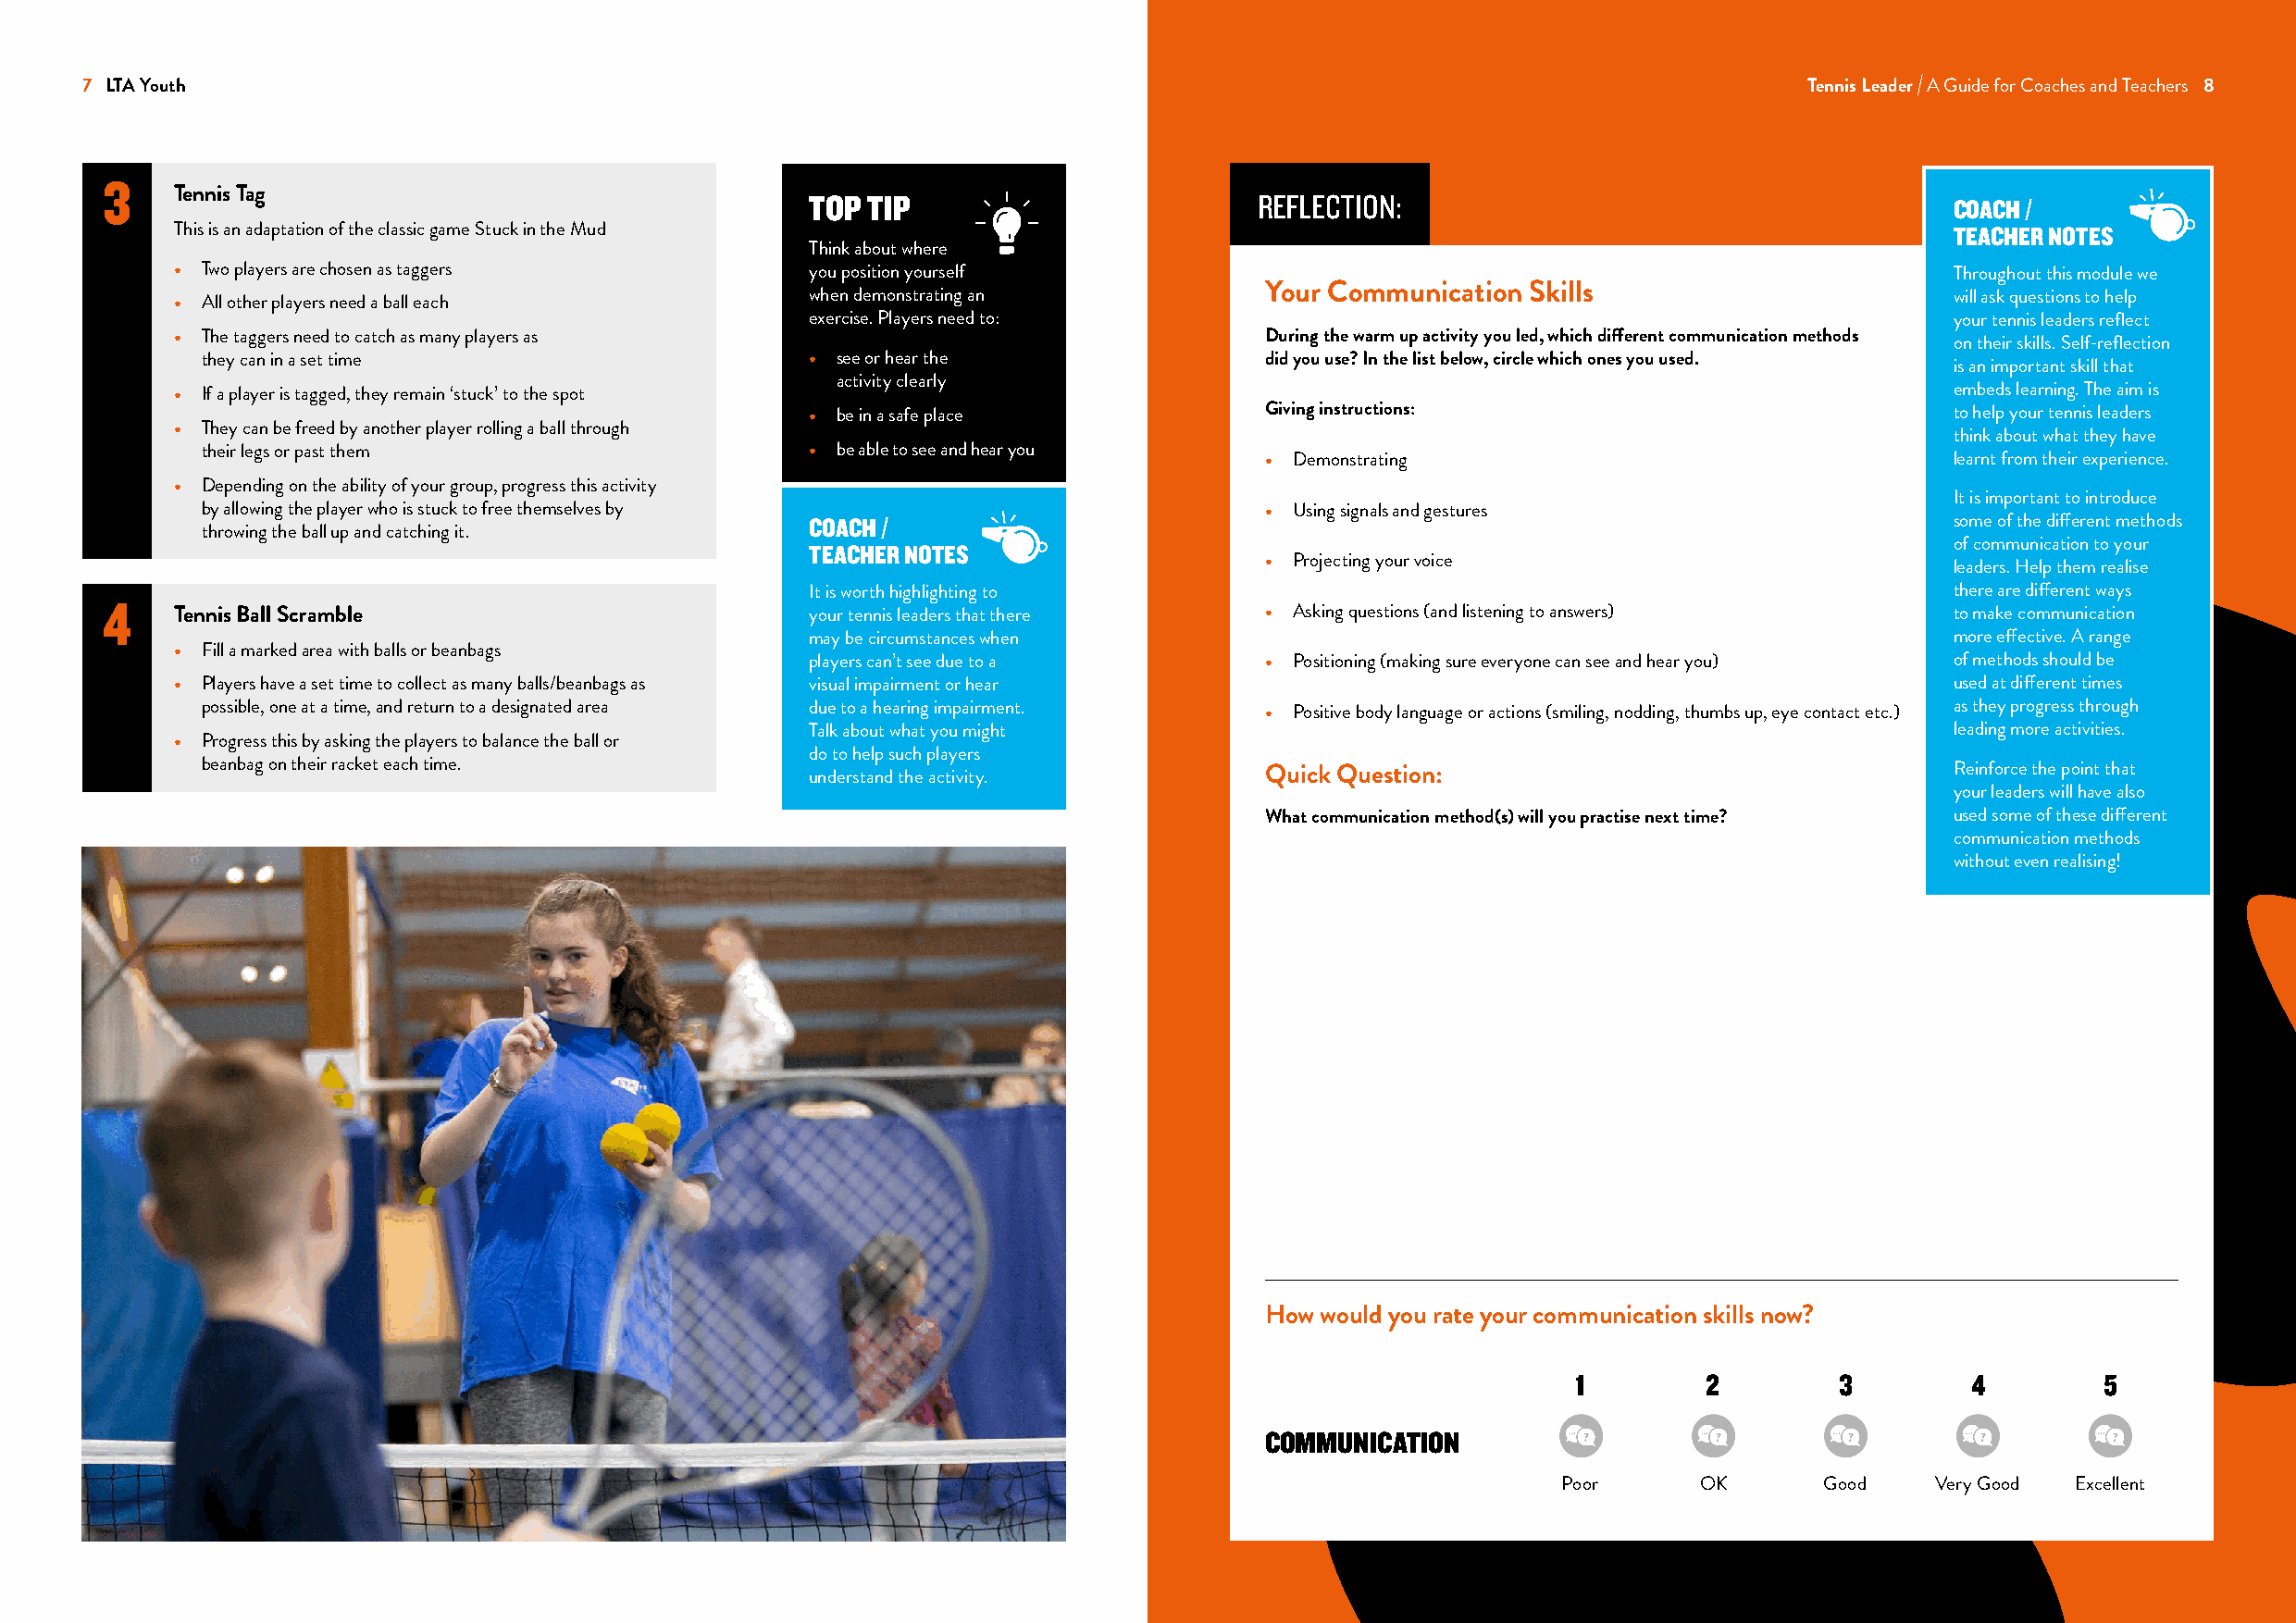
7 LTA Youth                                                                                                                Tennis Leader A Guide for Coaches and Teachers 8
 3
 Tennis Tag                                    TOP TIP                         REFLECTION:                                       COACH /
 This is an adaptation of the classic game Stuck in the Mud                                                                      TEACHER NOTES
 Think about where
 • Two players are chosen as taggers           you position yourself                                                             Throughout this module we
 Your Communication Skills
 when demonstrating an                                                             will ask questions to help
 • All other players need a ball each
 exercise. Players need to:                                                        your tennis leaders reflect
 • The taggers need to catch as many players as                                During the warm up activity you led, which different communication methods on their skills. Self-reflection
 they can in a set time                      • see or hear the               did you use? In the list below, circle which ones you used.
 is an important skill that
 activity clearly
 • If a player is tagged, they remain ‘stuck’ to the spot                                                                        embeds learning. The aim is
 • be in a safe place            Giving instructions:                              to help your tennis leaders
 • They can be freed by another player rolling a ball through
 think about what they have
 their legs or past them                     • be able to see and hear you
 • Demonstrating                                   learnt from their experience.
 • Depending on the ability of your group, progress this activity
 It is important to introduce
 by allowing the player who is stuck to free themselves by                   • Using signals and gestures
 COACH /                                                                           some of the different methods
 throwing the ball up and catching it.
 TEACHER NOTES                                                                     of communication to your
 • Projecting your voice
 leaders. Help them realise
 It is worth highlighting to                                                       there are different ways
 4
 Tennis Ball Scramble                          your tennis leaders that there  • Asking questions (and listening to answers)     to make communication
 may be circumstances when                                                         more effective. A range
 • Fill a marked area with balls or beanbags
 players can’t see due to a      • Positioning (making sure everyone can see and hear you) of methods should be
 • Players have a set time to collect as many balls/beanbags as visual impairment or hear                                        used at different times
 possible, one at a time, and return to a designated area due to a hearing impairment. • Positive body language or actions (smiling, nodding, thumbs up, eye contact etc.) as they progress through
 Talk about what you might                                                         leading more activities.
 • Progress this by asking the players to balance the ball or
 do to help such players
 beanbag on their racket each time.          understand the activity.        Quick Question:                                   Reinforce the point that
 your leaders will have also
 What communication method(s) will you practise next time? used some of these different
 communication methods
 without even realising!
 How would you rate your communication skills now?
 1        2         3        4        5
 COMMUNICATION
 Poor      OK      Good    Very Good Excellent